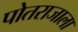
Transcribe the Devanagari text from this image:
पोतराजाला